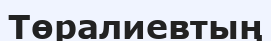
Төралиевтың